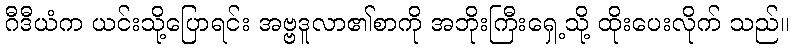
ဂီဒီယံက ယင်းသို့ပြောရင်း အဗ္ဗဒူလာ၏စာကို အဘိုးကြီးရှေ့သို့ ထိုးပေးလိုက် သည်။